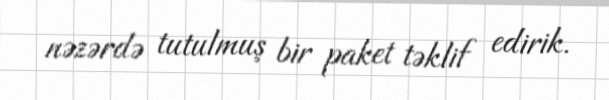
nəzərdə tutulmuş bir paket təklif edirik.